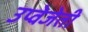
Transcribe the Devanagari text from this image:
उप्वेजेती